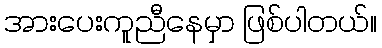
အားပေးကူညီနေမှာ ဖြစ်ပါတယ်။